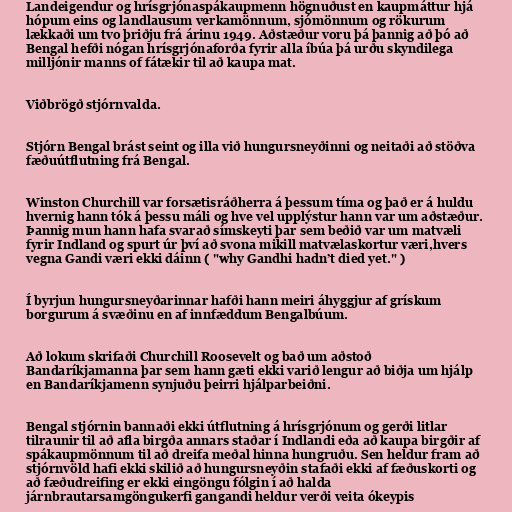
Landeigendur og hrísgrjónaspákaupmenn högnuðust en kaupmáttur hjá
hópum eins og landlausum verkamönnum, sjómönnum og rökurum
lækkaði um tvo þriðju frá árinu 1949. Aðstæður voru þá þannig að þó að
Bengal hefði nógan hrísgrjónaforða fyrir alla íbúa þá urðu skyndilega
milljónir manns of fátækir til að kaupa mat.

Viðbrögð stjórnvalda.

Stjórn Bengal brást seint og illa við hungursneyðinni og neitaði að stöðva
fæðuútflutning frá Bengal.

Winston Churchill var forsætisráðherra á þessum tíma og það er á huldu
hvernig hann tók á þessu máli og hve vel upplýstur hann var um aðstæður.
Þannig mun hann hafa svarað símskeyti þar sem beðið var um matvæli
fyrir Indland og spurt úr því að svona mikill matvælaskortur væri,hvers
vegna Gandi væri ekki dáinn ( "why Gandhi hadn’t died yet." )

Í byrjun hungursneyðarinnar hafði hann meiri áhyggjur af grískum
borgurum á svæðinu en af innfæddum Bengalbúum.

Að lokum skrifaði Churchill Roosevelt og bað um aðstoð
Bandaríkjamanna þar sem hann gæti ekki varið lengur að biðja um hjálp
en Bandaríkjamenn synjuðu þeirri hjálparbeiðni.

Bengal stjórnin bannaði ekki útflutning á hrísgrjónum og gerði litlar
tilraunir til að afla birgða annars staðar í Indlandi eða að kaupa birgðir af
spákaupmönnum til að dreifa meðal hinna hungruðu. Sen heldur fram að
stjórnvöld hafi ekki skilið að hungursneyðin stafaði ekki af fæðuskorti og
að fæðudreifing er ekki eingöngu fólgin í að halda
járnbrautarsamgöngukerfi gangandi heldur verði veita ókeypis